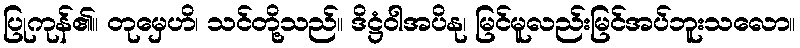
ပြုကုန်၏။ တုမှေဟိ၊ သင်တို့သည်။ ဒိဋ္ဌံဝါအပိနု၊ မြင်မူလည်းမြင်အပ်ဘူးသလော။